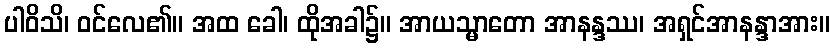
ပါဝိသိ၊ ဝင်လေ၏။ အထ ခေါ၊ ထိုအခါ၌။ အာယသ္မာတော အာနန္ဒဿ၊ အရှင်အာနန္ဒာအား။